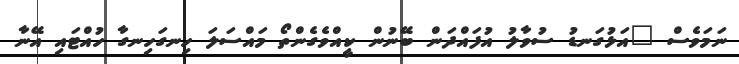
ނަމަވެސް "އަޅުގަނޑު ސުވާލު އުފައްދަން ބޭނުން ކީއްވެގެންތޯ މައްސަލަ ހިނގަހިނގާ ހުއްޓައި އޭނާ